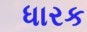
ધારક